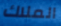
الملاك